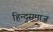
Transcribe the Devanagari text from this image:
हिन्दुसमाज